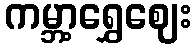
ကမ္ဘာ့ရွှေဈေး